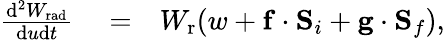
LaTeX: \begin{array}{rlr}{\frac{\mathrm{d}^{2}W_{\mathrm{rad}}}{\mathrm{d}u\mathrm{d}t}}&{{}=}&{{W_{\mathrm{r}}}(w+\mathbf{f}\cdot\mathbf{S}_{i}+\mathbf{g}\cdot\mathbf{S}_{f}),}\end{array}